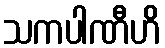
သကပါဏီဟိ